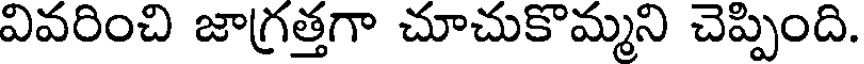
వివరించి జాగ్రత్తగా చూచుకొమ్మని చెప్పింది.